Report of the Indian Hemp Drugs Commission, 1894-1895 - Volume VI
Year: 1894
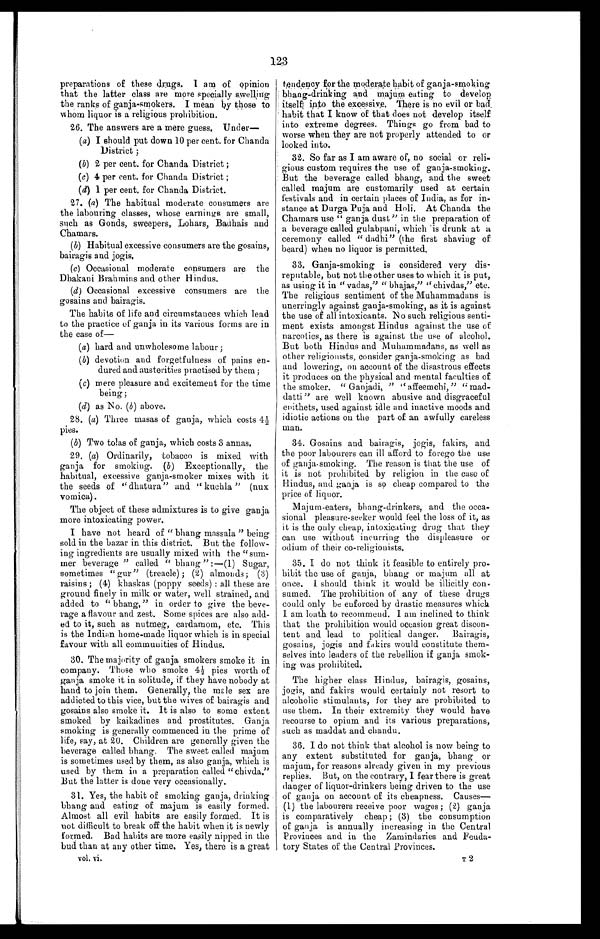
123
preparations of these drugs. I am of opinion
that the latter class are more specially swelling
the ranks of ganja-smokers. I mean by those to
whom liquor is a religious prohibition.
26. The answers are a mere guess. Under—
(a) I should put down 10 per cent. for Chanda
District;
(b) 2 per cent. for Chanda District;
(c) 4 per cent. for Chanda District;
(d) 1 per cent. for Chanda District.
27. (a) The habitual moderate consumers are
the labouring classes, whose earnings are small,
such as Gonds, sweepers, Lohars, Badhais and
Chamars.
(b) Habitual excessive consumers are the gosains,
bairagis and jogis.
(c) Occasional moderate consumers are the
Dhakani Brahmins and other Hindus.
(d) Occasional excessive consumers are the
gosains and bairagis.
The habits of life and circumstances which lead
to the practice of ganja in its various forms are in
the case of—
(a) hard and unwholesome labour;
(b) devotion and forgetfulness of pains en-
dured and austerities practised by them;
(c) mere pleasure and excitement for the time
being;
(d) as No. (b) above.
28. (a) Three masas of ganja, which costs 4½
pies.
(b) Two tolas of ganja, which costs 3 annas.
29. (a) Ordinarily, tobacco is mixed with
ganja for smoking. ( b) Exceptionally, the
habitual, excessive ganja-smoker mixes with it
the seeds of "dhatura" and "kuchla" (nux
vomica).
The object of these admixtures is to give ganja
more intoxicating power.
I have not heard of "bhang massala" being
sold in the bazar in this district. But the follow
-ing ingredients are usually mixed with the "sum
- m e r b e v e r a g e " c a l l e d " b h a n g " : — ( 1 ) S u g a r ,
sometimes "gur" (treacle); (2) almonds; (3)
raisins; (4) khaskas (poppy seeds): all these are
ground finely in milk or water, well strained, and
added to "bhang," in order to give the beve
-rage a flavour and zest. Some spices are also add
- e d t o i t , s u c h a s n u t m e g , c a r d a m o m , e t c . T h i s
is the Indian home-made liquor which is in special
favour with all communities of Hindus.
30. The majority of ganja smokers smoke it in
company. Those who smoke 4½ pies worth of
ganja smoke it in solitude, if they have nobody at
hand to join them. Generally, the male sex are
addicted to this vice, but the wives of bairagis and
gosains also smoke it. It is also to some extent
smoked by kaikadines and prostitutes. Ganja
smoking is generally commenced in the prime of
life, say, at 20. Children are generally given the
beverage called bhang. The sweet called majum
is sometimes used by them, as also ganja, which is
used by them in a preparation called "chivda."
But the latter is done very occasionally.
31. Yes, the habit of smoking ganja, drinking
bhang and eating of majum is easily formed.
Almost all evil habits are easily formed. It is
not difficult to break off the habit when it is newly
formed. Bad habits are more easily nipped in the
bud than at any other time. Yes, there is a great
tendency for the moderate habit of ganja-smoking
bhang-drinking and majum eating to develop
itself into the excessive. There is no evil or bad
habit that I know of that does not develop itself
into extreme degrees. Things go from bad to
worse when they are not properly attended to or
looked into.
32. So far as I am aware of, no social or reli
- g i o u s c u s t o m r e q u i r e s t h e u s e o f g a n j a - s m o k i n g .
But the beverage called bhang, and the sweet
called majum are customarily used at certain
festivals and in certain places of India, as for in
- s t a n c e a t D u r g a P u j a a n d H o l i . A t C h a n d a t h e
Chamars use "ganja dust" in the preparation of
a beverage called gulabpani, which is drunk at a
ceremony called "dadhi" (the first shaving of
beard) when no liquor is permitted.
33. Ganja-smoking is considered very dis
- r e p u t a b l e , b u t n o t t h e o t h e r u s e s t o w h i c h i t i s p u t ,
as using it in "vadas," "bhajas," "chivdas," etc.
The religious sentiment of the Muhammadans is
unerringly against ganja-smoking, as it is against
the use of all intoxicants. No such religious senti
- m e n t e x i s t s a m o n g s t H i n d u s a g a i n s t t h e u s e o f
narcotics, as there is against the use of alcohol.
But both Hindus and Muhammadans, as well as
other religionists, consider ganja-smoking as bad
and lowering, on account of the disastrous effects
it produces on the physical and mental faculties of
the smoker. "Ganjadi," "affeemchi," "mad
- d a t t i " a r e w e l l k n o w n a b u s i v e a n d d i s g r a c e f u l
epithets, used against idle and inactive moods and
idiotic actions on the part of an awfully careless
man.
34. Gosains and bairagis, jogis, fakirs, and
the poor labourers can ill afford to forego the use
of ganja-smoking. The reason is that the use of
it is not prohibited by religion in the case of
H i n d u s , a n d g a n j a i s s o c h e a p c o m p a r e d t o t h e
price of liquor.
Majum-eaters, bhang-drinkers, and the occa
- s i o n a l p l e a s u r e - s e e k e r w o u l d f e e l t h e l o s s o f i t , a s
it is the only cheap, intoxicating drug that they
can use without incurring the displeasure or
odium of their co-religionists.
35. I do not think it feasible to entirely pro
- h i b i t t h e u s e o f g a n j a , b h a n g o r m a j u m a l l a t
once. I should think it would be illicitly con
- s u m e d . T h e p r o h i b i t i o n o f a n y o f t h e s e d r u g s
could only be enforced by drastic measures which
I am loath to recommend. I am inclined to think
that the prohibition would occasion great discon
- t e n t a n d l e a d t o p o l i t i c a l d a n g e r . B a i r a g i s ,
gosains, jogis and fakirs would constitute them
-selves into leaders of the rebellion if ganja smok
- i n g w a s p r o h i b i t e d .
The higher class Hindus, bairagis, gosains,
jogis, and fakirs would certainly not resort to
alcoholic stimulants, for they are prohibited to
use them. In their extremity they would have
recourse to opium and its various preparations,
such as maddat and chandu.
36. I do not think that alcohol is now being to
any extent substituted for ganja, bhang or
majum, for reasons already given in my previous
replies. But, on the contrary, I fear there is great
d a n g e r o f l i q u o r - d r i n k e r s b e i n g d r i v e n t o t h e u s e
of ganja on account of its cheapness. Causes
—(1) the labourers receive poor wages; (2) ganja
is comparatively cheap; (3) the consumption
of ganja is annually increasing in the Central
Provinces and in the Zamindaries and Feuda
- t o r y S t a t e s o f t h e C e n t r a l P r o v i n c e s .